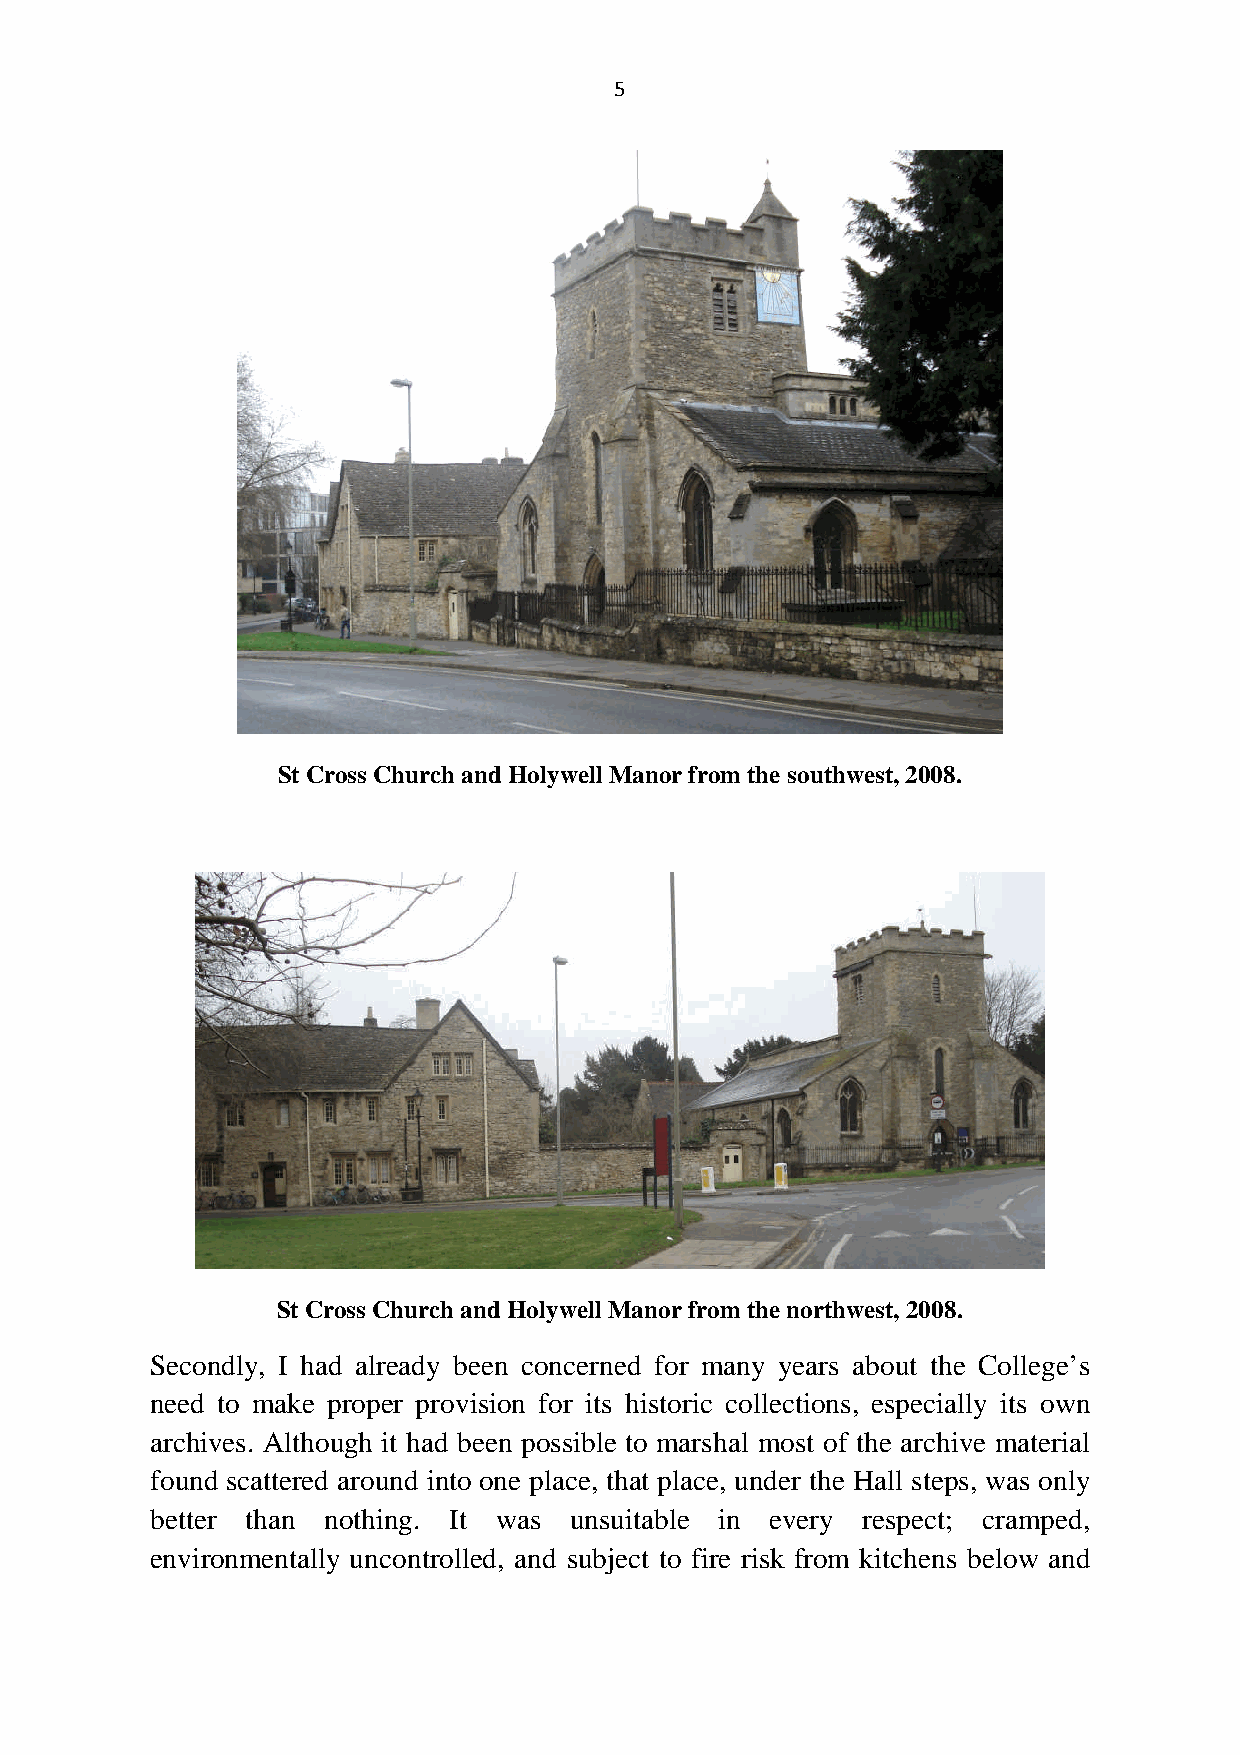
5
 StCross Church and Holywell Manorfromthe southwest,2008.
 StCross Church and Holywell Manorfromthe northwest,2008.
 Secondly, I had already been concerned for many years about the College’s
 need to make proper provision for its historic collections, especially its own
 archives. Although it had been possible to marshal most of the archive material
 found scattered around into one place, that place, under the Hall steps, was only
 better than nothing. It was unsuitable in every respect; cramped,
 environmentally uncontrolled, and subject to fire risk from kitchens below and